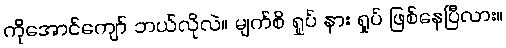
ကိုအောင်ကျော် ဘယ်လိုလဲ။ မျက်စိ ရှုပ် နား ရှုပ် ဖြစ်နေပြီလား။